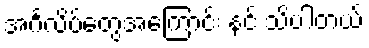
အင်္ဂလိပ်တွေအကြောင်း နင် သိပါတယ်